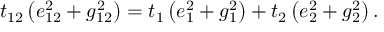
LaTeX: t _ { 1 2 } \left( e _ { 1 2 } ^ { 2 } + g _ { 1 2 } ^ { 2 } \right) = t _ { 1 } \left( e _ { 1 } ^ { 2 } + g _ { 1 } ^ { 2 } \right) + t _ { 2 } \left( e _ { 2 } ^ { 2 } + g _ { 2 } ^ { 2 } \right) .